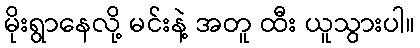
မိုးရွာနေလို့ မင်းနဲ့ အတူ ထီး ယူသွားပါ။